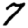
Digit: 7